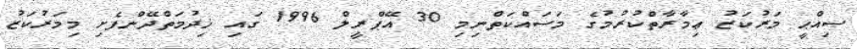
ޞިއްޙީ މަރުކަޒު ޢިމާރާތްކުރުމުގެ މަސައްކަތްނިމި 30 އޭޕްރީލް 1996 ގައި ޚިދުމަތްދޭންފެށި މިމަރުކަޒު